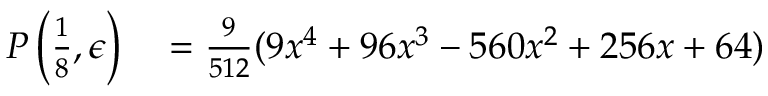
\begin{array} { r l } { P \left( \frac { 1 } { 8 } , \epsilon \right) } & { { } = \frac { 9 } { 5 1 2 } ( 9 x ^ { 4 } + 9 6 x ^ { 3 } - 5 6 0 x ^ { 2 } + 2 5 6 x + 6 4 ) } \end{array}